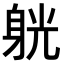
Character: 𨉁